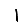
Digit: 1